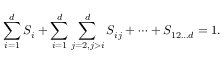
\sum _ { i = 1 } ^ { d } S _ { i } + \sum _ { i = 1 } ^ { d } \sum _ { j = 2 , j > i } ^ { d } S _ { i j } + \cdots + S _ { 1 2 \ldots d } = 1 .